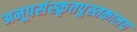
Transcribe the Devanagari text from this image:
अनूपसंस्कृतपुस्तकालय